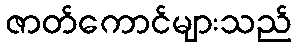
ဇာတ်ကောင်များသည်